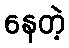
နေတဲ့